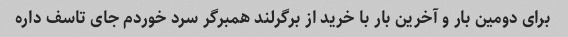
برای دومین بار و آخرین بار با خرید از برگرلند همبرگر سرد خوردم جای تاسف داره